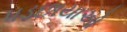
પડછાયાઓ